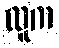
လူက